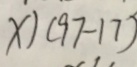
x \vert ( 9 7 - 1 7 )